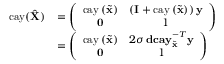
\begin{array} { r l } { \mathrm { c a y } ( \hat { \mathbf { X } } ) } & { = \left( \begin{array} { c c } { \mathrm { c a y } \left( \tilde { \mathbf { x } } \right) } & { \left( \mathbf { I } + \mathrm { c a y } \left( \tilde { \mathbf { x } } \right) \right) \mathbf { y } } \\ { \mathbf { 0 } } & { 1 } \end{array} \right) } \\ & { = \left( \begin{array} { c c } { \mathrm { c a y } \left( \tilde { \mathbf { x } } \right) } & { 2 \sigma \, \mathbf { d c a y } _ { \tilde { \mathbf { x } } } ^ { - T } \mathbf { y } } \\ { \mathbf { 0 } } & { 1 } \end{array} \right) } \end{array}